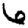
Digit: 6